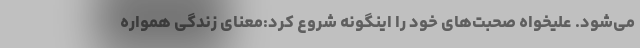
می‌شود. علیخواه صحبت‌های خود را اینگونه شروع کرد:معنای زندگی همواره